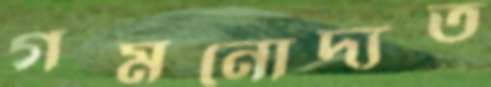
গমনোদ্যত